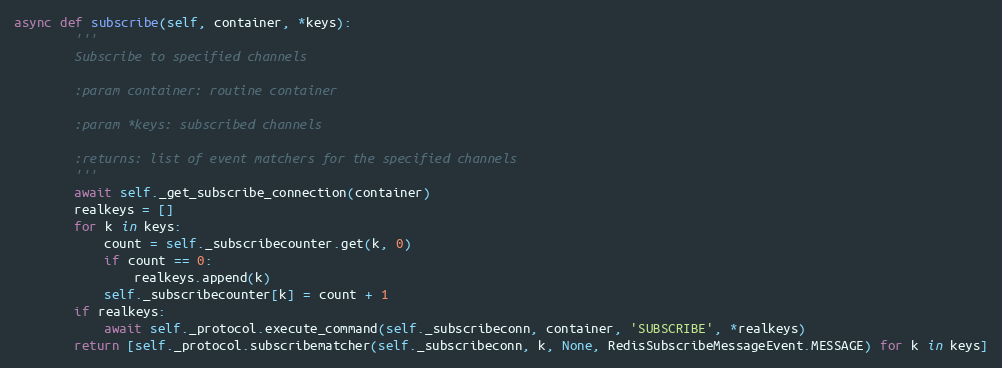
Language: Python
async def subscribe(self, container, *keys):
        '''
        Subscribe to specified channels

        :param container: routine container

        :param *keys: subscribed channels

        :returns: list of event matchers for the specified channels
        '''
        await self._get_subscribe_connection(container)
        realkeys = []
        for k in keys:
            count = self._subscribecounter.get(k, 0)
            if count == 0:
                realkeys.append(k)
            self._subscribecounter[k] = count + 1
        if realkeys:
            await self._protocol.execute_command(self._subscribeconn, container, 'SUBSCRIBE', *realkeys)
        return [self._protocol.subscribematcher(self._subscribeconn, k, None, RedisSubscribeMessageEvent.MESSAGE) for k in keys]